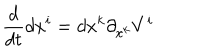
LaTeX: { \frac { d } { d t } } d x ^ { i } = d x ^ { k } \partial _ { x ^ { k } } V ^ { i }